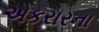
એકરારના